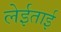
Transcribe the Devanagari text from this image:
लेईताई